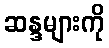
ဆန္ဒများကို